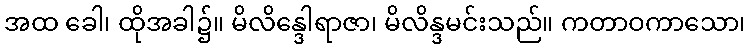
အထ ခေါ၊ ထိုအခါ၌။ မိလိန္ဒေါရာဇာ၊ မိလိန္ဒမင်းသည်။ ကတာဝကာသော၊